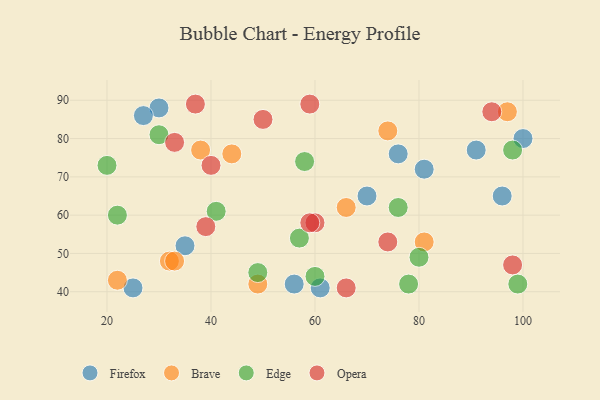
{"axis": {"x": "GDP", "y": "Life Expectancy"}, "legend": ["Brave", "Edge", "Firefox", "Opera"], "data": [{"x": "56", "y": 42, "type": "Firefox"}, {"x": "91", "y": 77, "type": "Firefox"}, {"x": "76", "y": 76, "type": "Firefox"}, {"x": "61", "y": 41, "type": "Firefox"}, {"x": "30", "y": 88, "type": "Firefox"}, {"x": "100", "y": 80, "type": "Firefox"}, {"x": "96", "y": 65, "type": "Firefox"}, {"x": "27", "y": 86, "type": "Firefox"}, {"x": "35", "y": 52, "type": "Firefox"}, {"x": "25", "y": 41, "type": "Firefox"}, {"x": "81", "y": 72, "type": "Firefox"}, {"x": "70", "y": 65, "type": "Firefox"}, {"x": "81", "y": 53, "type": "Brave"}, {"x": "66", "y": 62, "type": "Brave"}, {"x": "74", "y": 82, "type": "Brave"}, {"x": "32", "y": 48, "type": "Brave"}, {"x": "33", "y": 48, "type": "Brave"}, {"x": "22", "y": 43, "type": "Brave"}, {"x": "38", "y": 77, "type": "Brave"}, {"x": "49", "y": 42, "type": "Brave"}, {"x": "97", "y": 87, "type": "Brave"}, {"x": "44", "y": 76, "type": "Brave"}, {"x": "57", "y": 54, "type": "Edge"}, {"x": "30", "y": 81, "type": "Edge"}, {"x": "99", "y": 42, "type": "Edge"}, {"x": "60", "y": 44, "type": "Edge"}, {"x": "78", "y": 42, "type": "Edge"}, {"x": "76", "y": 62, "type": "Edge"}, {"x": "80", "y": 49, "type": "Edge"}, {"x": "58", "y": 74, "type": "Edge"}, {"x": "98", "y": 77, "type": "Edge"}, {"x": "20", "y": 73, "type": "Edge"}, {"x": "22", "y": 60, "type": "Edge"}, {"x": "41", "y": 61, "type": "Edge"}, {"x": "49", "y": 45, "type": "Edge"}, {"x": "33", "y": 79, "type": "Opera"}, {"x": "50", "y": 85, "type": "Opera"}, {"x": "98", "y": 47, "type": "Opera"}, {"x": "66", "y": 41, "type": "Opera"}, {"x": "94", "y": 87, "type": "Opera"}, {"x": "60", "y": 58, "type": "Opera"}, {"x": "59", "y": 58, "type": "Opera"}, {"x": "37", "y": 89, "type": "Opera"}, {"x": "74", "y": 53, "type": "Opera"}, {"x": "59", "y": 89, "type": "Opera"}, {"x": "40", "y": 73, "type": "Opera"}, {"x": "39", "y": 57, "type": "Opera"}]}